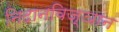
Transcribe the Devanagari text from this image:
निदानविज्ञान